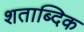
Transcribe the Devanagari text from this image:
शताब्दिक